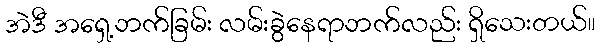
အဲဒီ အရှေ့ဘက်ခြမ်း လမ်းခွဲနေရာဘက်လည်း ရှိသေးတယ်။